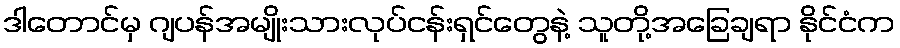
ဒါတောင်မှ ဂျပန်အမျိုးသားလုပ်ငန်းရှင်တွေနဲ့ သူတို့အခြေချရာ နိုင်ငံက